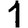
Digit: 1